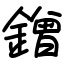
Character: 鏳